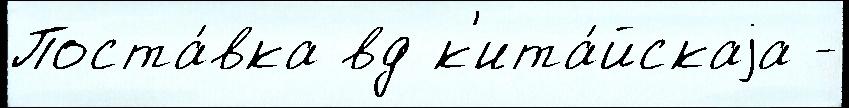
Поста́вка вд к'ита́йскаjа -